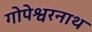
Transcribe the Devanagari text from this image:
गोपेश्वरनाथ